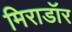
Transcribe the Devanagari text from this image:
मिराडॉर